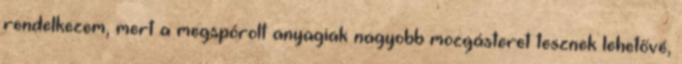
rendelkezem, mert a megspórolt anyagiak nagyobb mozgásteret tesznek lehetővé,